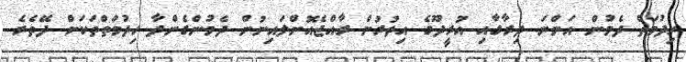
ހިދުމަތް ދެމުން އަންނަ ދިރާގާއި އުރީދޫގެ އިތުރުން ރާއްޖެއޮންލައިނުން ދެމުންގެންދާ ހިދުމަތްތަކަށް ދޭތެރެ